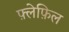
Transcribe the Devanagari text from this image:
फ़्लेफ़िल